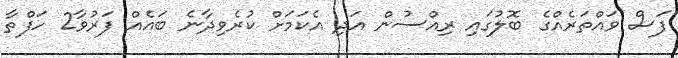
ފަސް ވައްތަރެއްގެ ބޮލުގައި ރިއްސުން އަދި އެކަމަށް ކުރެވިދާނެ ބައެއް ފަރުވާ2 ހަފްތާ